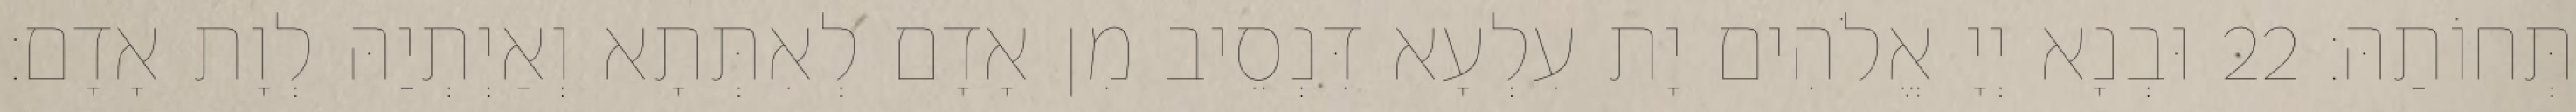
תְּחוֹתַהּ׃ 22 וּבְנָא יְיָ אֱלֹהִים יָת עִלְעָא דִּנְסֵיב מִן אָדָם לְאִתְּתָא וְאַיְתְיַהּ לְוָת אָדָם׃